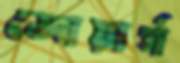
জোয়ার্গ